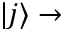
| j \rangle \rightarrow